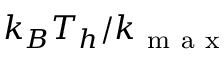
k _ { B } T _ { h } / k _ { \mathrm { ~ m ~ a ~ x ~ } }